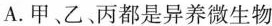
A.甲、乙、丙都是异养微生物